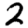
Digit: 2